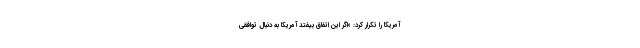
آمریکا را تکرار کرد: «اگر این اتفاق بیفتد آمریکا به دنبال توافقی